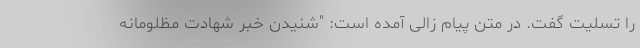
را تسلیت گفت. در متن پیام زالی آمده است: "شنیدن خبر شهادت مظلومانه